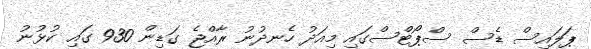
ޕަލައިސް ޑެސް ސްޕޯޓްސްގައި މިއަދު ހެނދުނު ރާއްޖެ ގަޑިން 930 ގައި ކުޅުނު